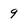
Character: 9